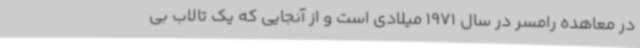
در معاهده رامسر در سال 1971 میلادی است و از آنجایی که یک تالاب بی